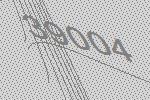
39004